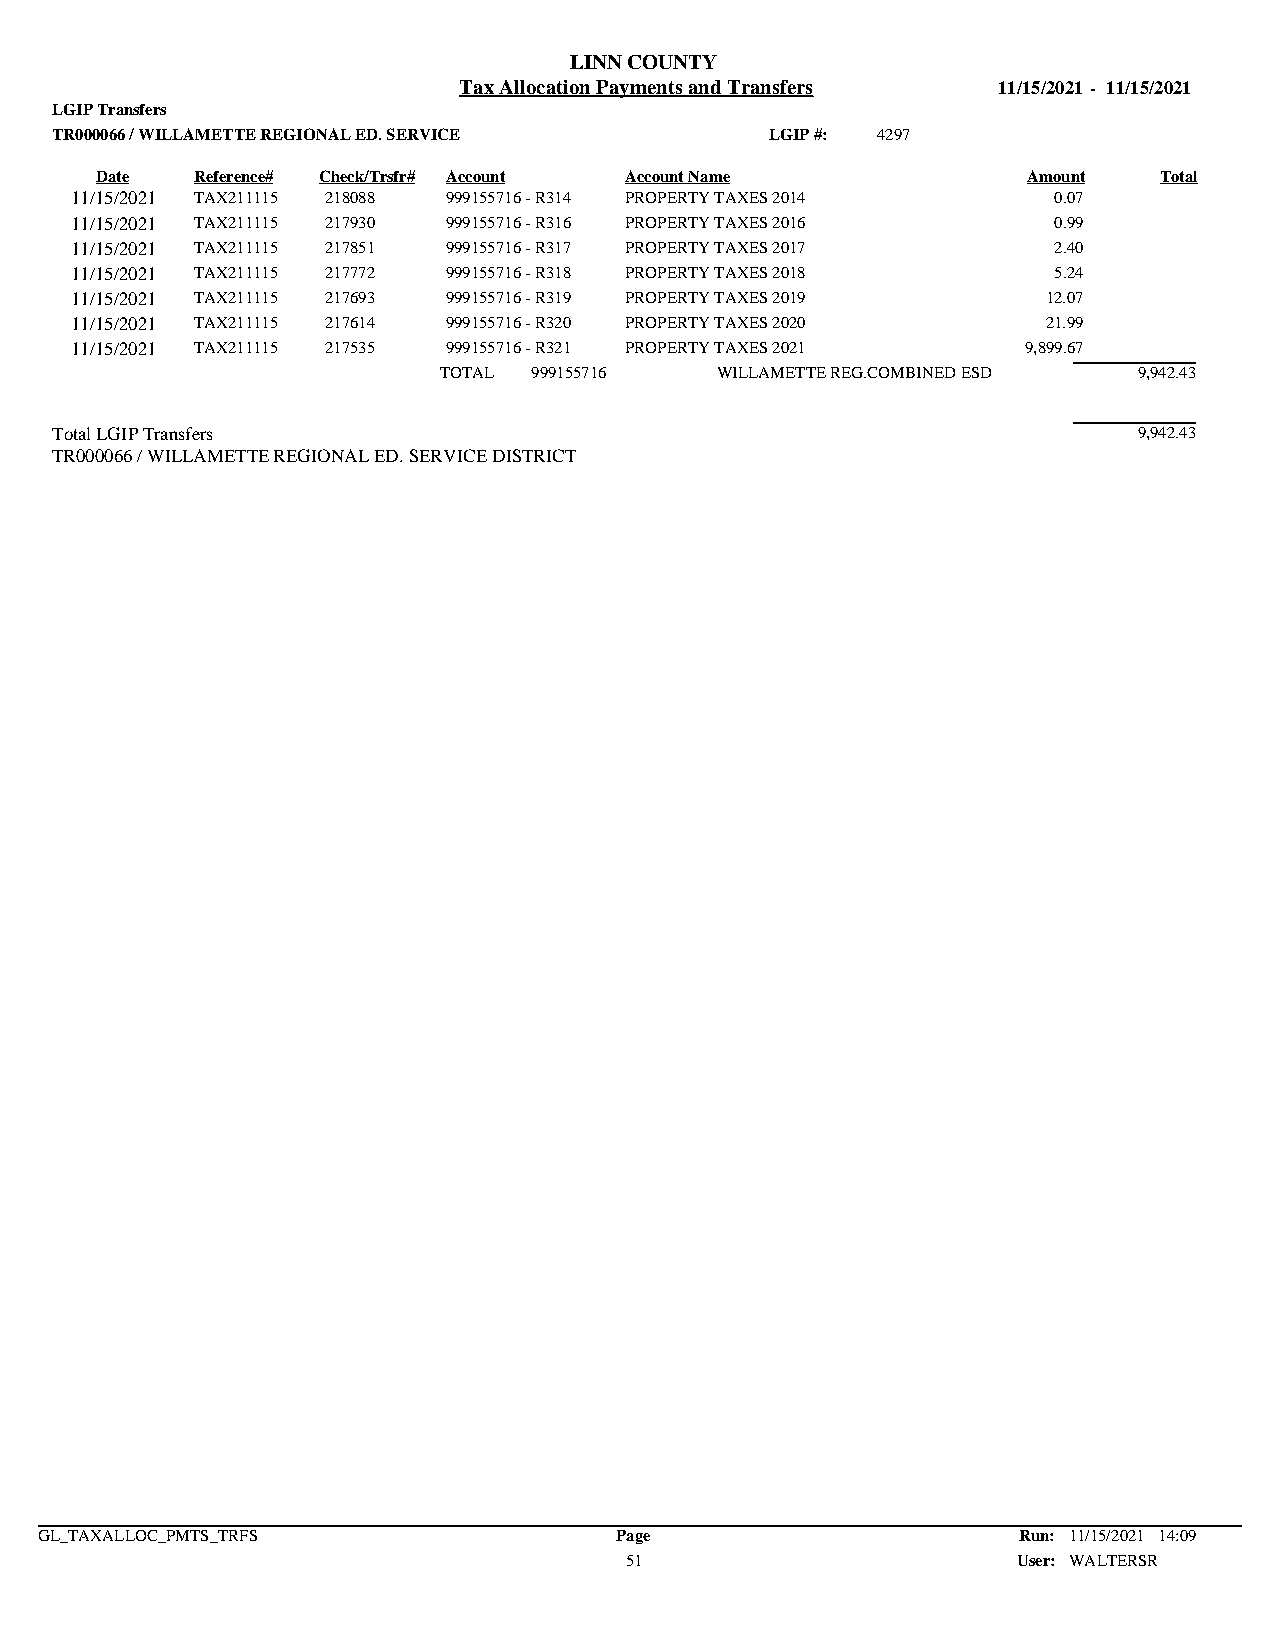
LINN COUNTY
 Tax Allocation Payments and Transfers 11/15/2021 - 11/15/2021
 LGIP Transfers
 TR000066 / WILLAMETTE REGIONAL ED. SERVICE      LGIP #: 4297
 Date   Reference# Check/Trsfr# Account Account Name           Amount   Total
 11/15/2021 TAX211115 218088 999155716 - R314 PROPERTY TAXES 2014 0.07
 11/15/2021 TAX211115 217930 999155716 - R316 PROPERTY TAXES 2016 0.99
 11/15/2021 TAX211115 217851 999155716 - R317 PROPERTY TAXES 2017 2.40
 11/15/2021 TAX211115 217772 999155716 - R318 PROPERTY TAXES 2018 5.24
 11/15/2021 TAX211115 217693 999155716 - R319 PROPERTY TAXES 2019 12.07
 11/15/2021 TAX211115 217614 999155716 - R320 PROPERTY TAXES 2020 21.99
 11/15/2021 TAX211115 217535 999155716 - R321 PROPERTY TAXES 2021 9,899.67
 TOTAL 999155716   WILLAMETTE REG.COMBINED ESD 9,942.43
 Total LGIP Transfers                                                    9,942.43
 TR000066 / WILLAMETTE REGIONAL ED. SERVICE DISTRICT
 GL_TAXALLOC_PMTS_TRFS                  Page                      Run: 11/15/2021 14:09
 51                        User: WALTERSR